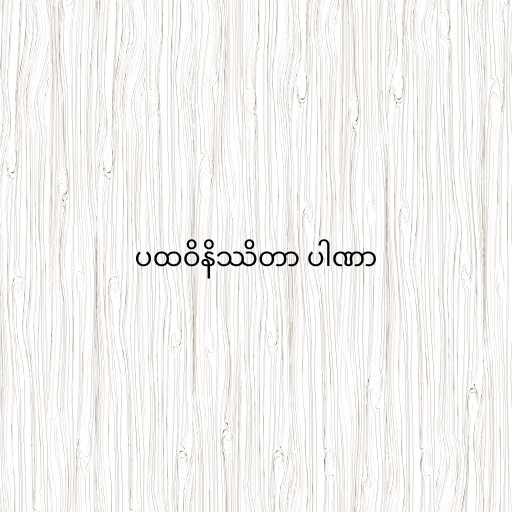
ပထဝိနိဿိတာ ပါဏာ